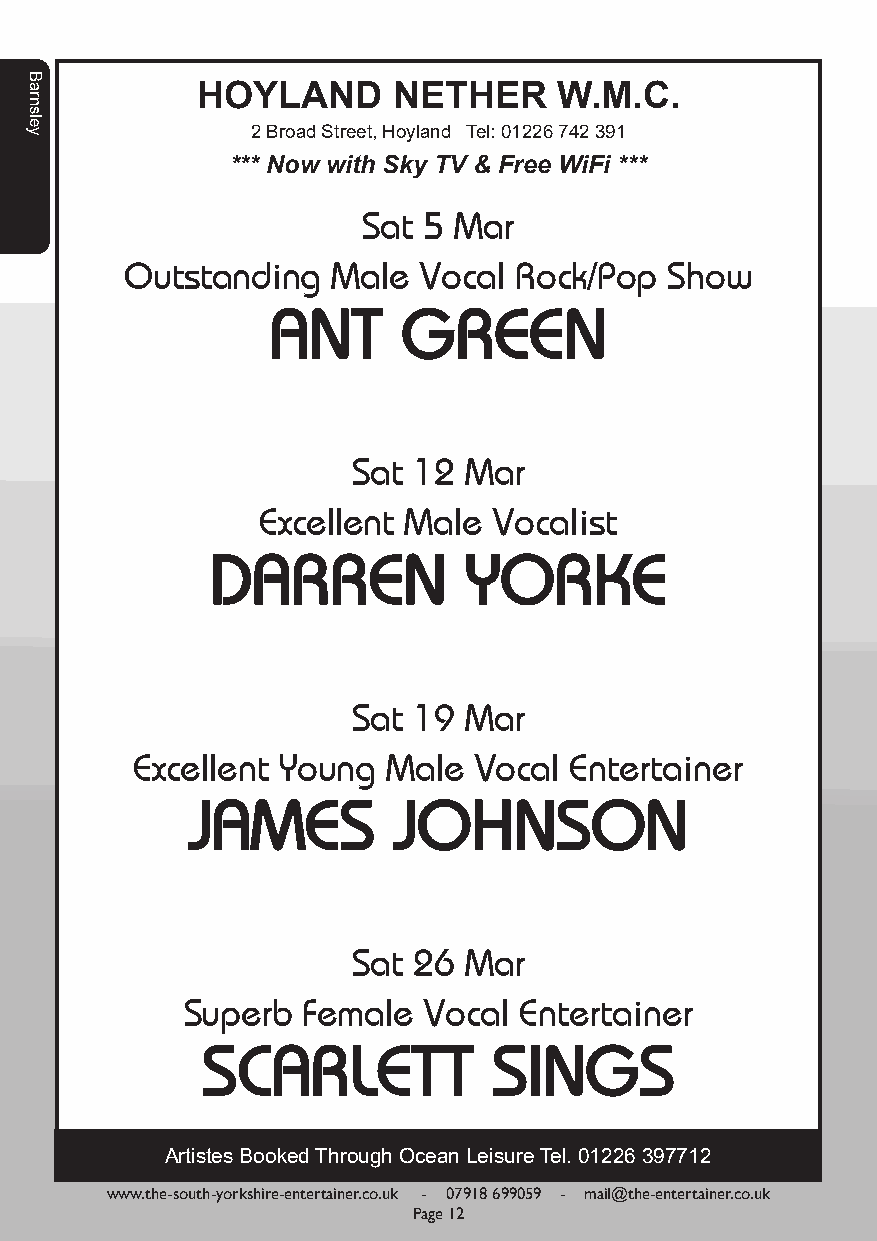
HOYLAND      NETHER     W.M.C.
 2 Broad Street, Hoyland Tel: 01226 742 391
 *** Now with Sky TV & Free WiFi ***
 Sat 5 Mar
 Outstanding   Male  Vocal Rock/Pop  Show
 ANT      GREEN
 Sat 12  Mar
 Excellent Male  Vocalist
 DARREN           YORKE
 Sat 19  Mar
 Excellent Young  Male Vocal  Entertainer
 JAMES        JOHNSON
 Sat 26  Mar
 Superb  Female  Vocal Entertainer
 SCARLETT            SINGS
 Artistes Booked Through Ocean Leisure Tel. 01226 397712
 www.the-south-yorkshire-entertainer.co.uk - 07918 699059 - mail@the-entertainer.co.uk
 Page 12
 Barnsley